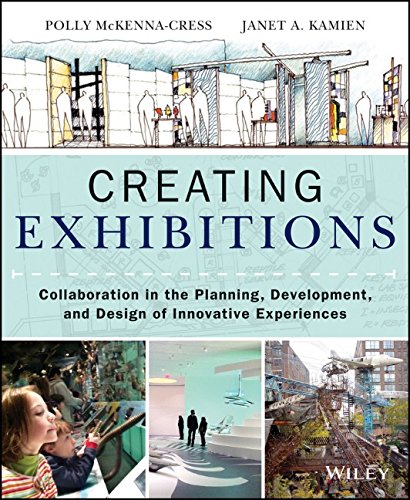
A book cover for Creating Exhibitions: Collaboration in the Planning, Development, and Design of Innovative Experiences; Polly McKenna-Cress; Politics & Social Sciences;